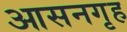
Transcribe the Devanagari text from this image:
आसनगृह